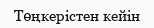
Төңкерістен кейін